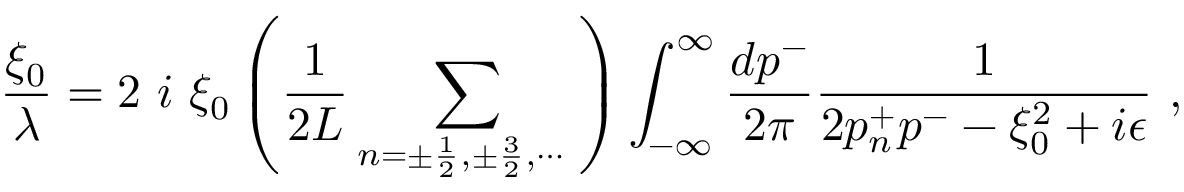
{ \frac { \xi _ { 0 } } { \lambda } } = 2 ~ i ~ \xi _ { 0 } \left( { \frac { 1 } { 2 L } } \sum _ { n = \pm \frac { 1 } { 2 } , \pm \frac { 3 } { 2 } , \cdots ~ } \right) \int _ { - \infty } ^ { \infty } { \frac { d p ^ { - } } { 2 \pi } } { \frac { 1 } { 2 p _ { n } ^ { + } p ^ { - } - \xi _ { 0 } ^ { 2 } + i \epsilon } } ~ ,